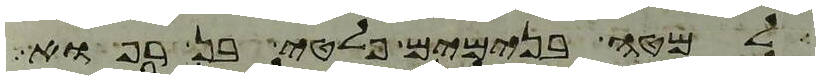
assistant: למטה בנימים פלטי בן רפוא